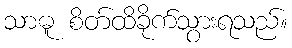
သာဓူ စိတ်ထိခိုက်သွားရသည်။